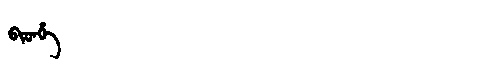
Manchu: ᠪᡳᡨᡥᡝ
Romanization: BITHE